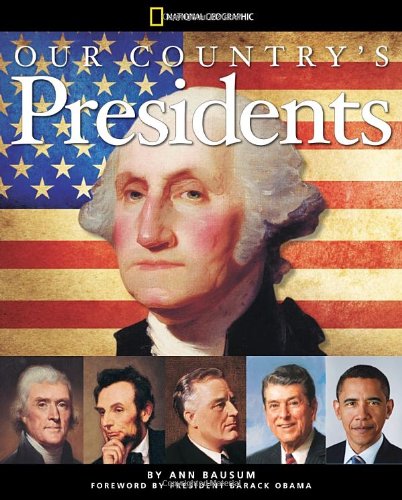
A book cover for Our Country's Presidents: All You Need to Know About the Presidents, From George Washington to Barack Obama; Ann Bausum; Children's Books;